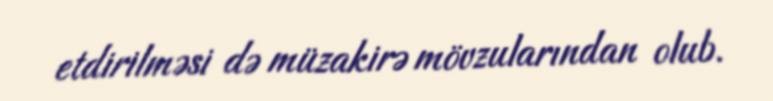
etdirilməsi də müzakirə mövzularından olub.